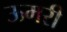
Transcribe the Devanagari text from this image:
ऊमरी